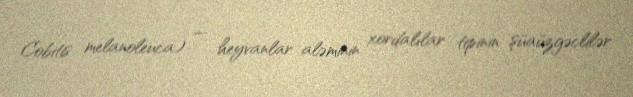
Cobitis melanoleuca) — heyvanlar aləminin xordalılar tipinin şüaüzgəclilər